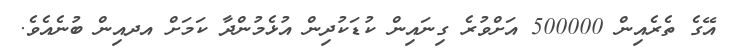
އޭގެ ތެރެއިން 500000 އަށްވުރެ ގިނައިން ކުޑަކުދިން އުޅެމުންދާ ކަމަށް އދއިން ބުނެއެވެ.